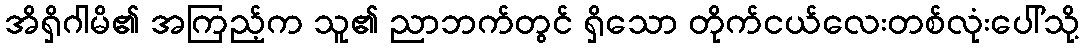
အိရှိဂါမိ၏ အကြည့်က သူ၏ ညာဘက်တွင် ရှိသော တိုက်ငယ်လေးတစ်လုံးပေါ်သို့